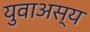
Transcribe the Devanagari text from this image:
युवाअस्य